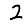
Digit: 2